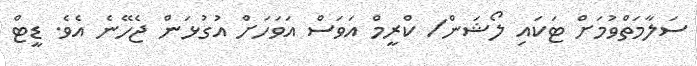
ސަލާމަތްވުމަށް ޓަކައި ލޯޝަން/ ކްރީމް އަވަސް އަވަހަށް އުގުޅަން ޖެހޭނެ އެވެ. ޑީޓް